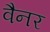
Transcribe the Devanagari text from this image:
वैनर